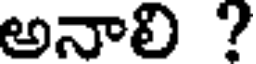
అనాలి ?